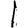
Digit: 1